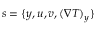
s = \{ y , u , v , ( \nabla T ) _ { y } \}